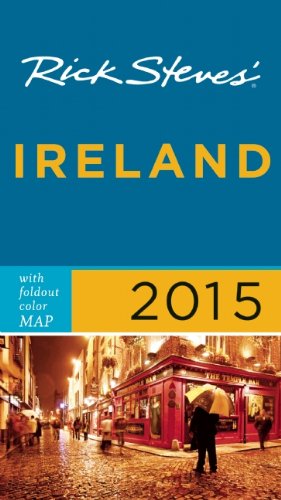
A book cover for Rick Steves Ireland 2015; Rick Steves; Travel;